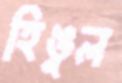
হিঙুল